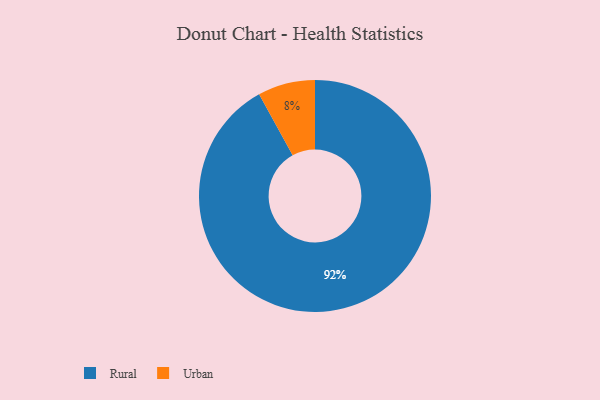
{"axis": {"x": "Category", "y": "Percentage"}, "legend": ["Rural", "Urban"], "data": [{"x": "Rural", "y": 92, "type": "Rural"}, {"x": "Urban", "y": 8, "type": "Urban"}]}